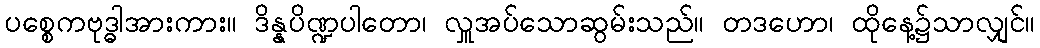
ပစ္စေကဗုဒ္ဓါအားကား။ ဒိန္နပိဏ္ဍပါတော၊ လှူအပ်သောဆွမ်းသည်။ တဒဟော၊ ထိုနေ့၌သာလျှင်။